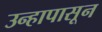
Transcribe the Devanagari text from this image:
उन्हापासून